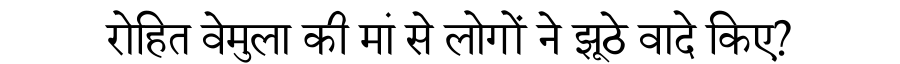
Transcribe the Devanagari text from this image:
रोहित वेमुला की मां से लोगों ने झूठे वादे किए?